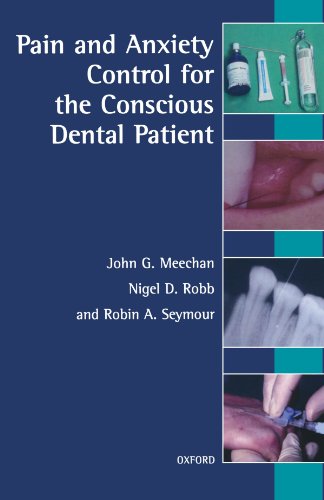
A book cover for Pain and Anxiety Control for the Conscious Dental Patient; John G. Meechan; Medical Books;